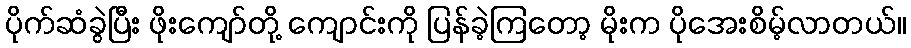
ပိုက်ဆံခွဲပြီး ဖိုးကျော်တို့ ကျောင်းကို ပြန်ခဲ့ကြတော့ မိုးက ပိုအေးစိမ့်လာတယ်။